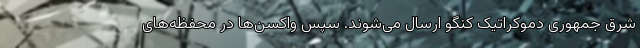
شرق جمهوری دموکراتیک کنگو ارسال می‌شوند. سپس واکسن‌ها در محفظه‌های